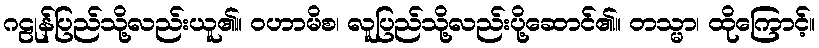
ဂဠုန်ပြည်သို့လည်းယူ၏။ ဝဟာမိစ၊ လူပြည်သို့လည်းပို့ဆောင်၏။ တသ္မာ၊ ထိုကြောင့်။